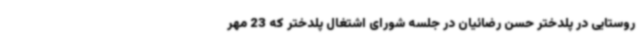
روستایی در پلدختر حسن رضائیان در جلسه شورای اشتغال پلدختر که 23 مهر